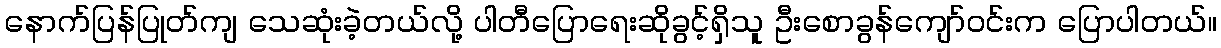
နောက်ပြန်ပြုတ်ကျ သေဆုံးခဲ့တယ်လို့ ပါတီပြောရေးဆိုခွင့်ရှိသူ ဦးစောခွန်ကျော်ဝင်းက ပြောပါတယ်။